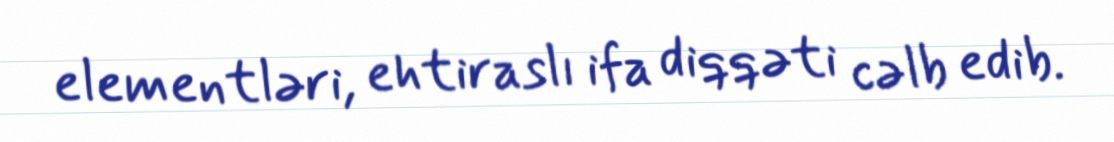
elementləri, ehtiraslı ifa diqqəti cəlb edib.